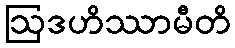
ဩဒဟိဿာမီတိ